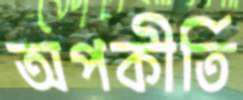
অপকীর্তি